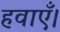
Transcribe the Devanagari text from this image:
हवाएँ।